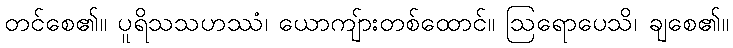
တင်စေ၏။ ပူရိသသဟဿံ၊ ယောကျ်ားတစ်ထောင်။ ဩရောပေသိ၊ ချစေ၏။